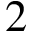
2